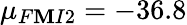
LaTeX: {\mu}_{F\mathbf{M}I2}=-36.8